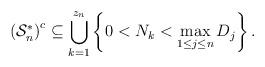
LaTeX: \begin{align*}\left(\mathcal{S}_n^\ast\right)^c \subseteq \bigcup_{k = 1}^{z_n} \left\{0 < N_k < \max_{1 \le j \le n} D_j\right\}.\end{align*}